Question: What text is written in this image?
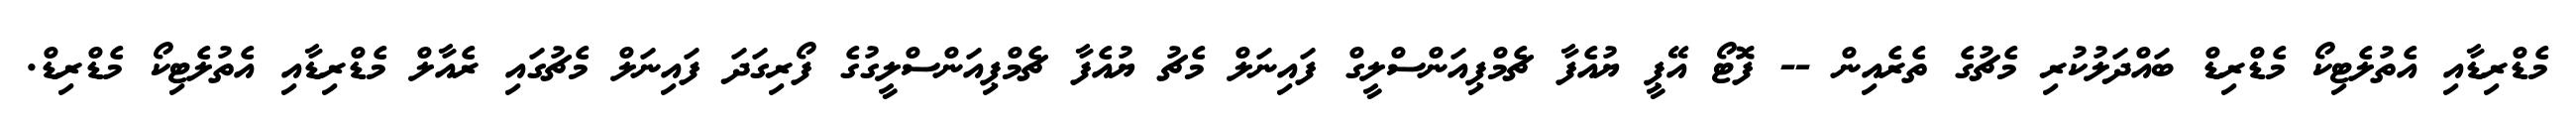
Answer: މެޑްރިޑާއި އެތުލެޓިކޯ މެޑްރިޑް ބައްދަލުކުރި މެޗުގެ ތެރެއިން -- ފޮޓޯ އޭޕީ ޔުއެފާ ޗެމްޕިއަންސްލީގް ފައިނަލް މެޗު ޔުއެފާ ޗެމްޕިއަންސްލީގުގެ ފޯރިގަދަ ފައިނަލް މެޗުގައި ރެއާލް މެޑްރިޑާއި އެތުލެޓިކޯ މެޑްރިޑް.